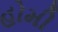
હોમી